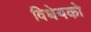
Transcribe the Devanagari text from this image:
विधेयको